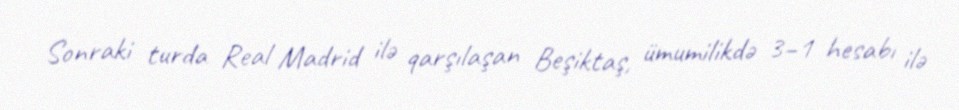
Sonraki turda Real Madrid ilə qarşılaşan Beşiktaş, ümumilikdə 3–1 hesabı ilə